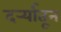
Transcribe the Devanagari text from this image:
दर्र्‍यातून